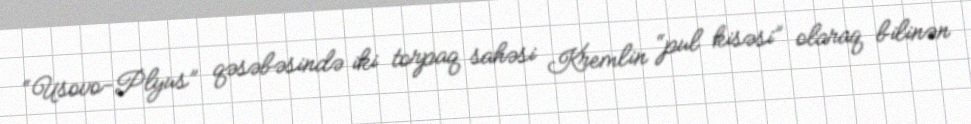
“Usovo-Plyus” qəsəbəsində iki torpaq sahəsi Kremlin “pul kisəsi” olaraq bilinən